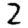
Digit: 2